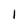
Character: l